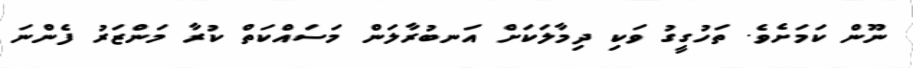
ނޫން ކަމަށެވެ. ތަހުގީގު ވަކި ދިމާލަކަށް އަނބުރާލަން މަސައްކަތް ކުރާ މަންޒަރު ފެންނަ